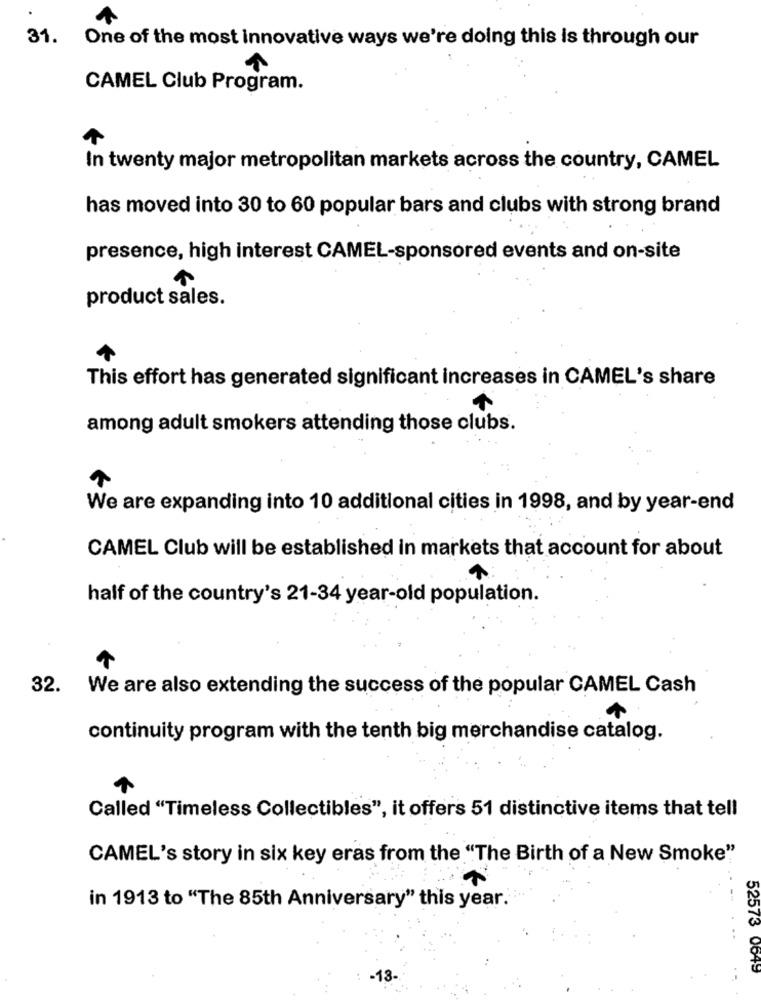
31.
One of the most innovative ways we're doing this is through our
CAMEL Club Program.
In twenty major metropolitan markets across the country, CAMEL
has moved into 30 to 60 popular bars and clubs with strong brand
presence, high interest CAMEL-sponsored events and on-site
product sales.
This effort has generated significant increases in CAMEL's share
among adult smokers attending those clubs.
We are expanding into 10 additional cities in 1998, and by year-end
CAMEL Club will be established in markets that account for about
half of the country's 21-34 year-old population.
32. We are also extending the success of the popular CAMEL Cash
continuity program with the tenth big merchandise catalog.
Called "Timeless Collectibles", it offers 51 distinctive items that tell
CAMEL's story in six key eras from the "The Birth of a New Smoke"
in 1913 to "The 85th Anniversary" this year.
52573 0649
:
-13-
..